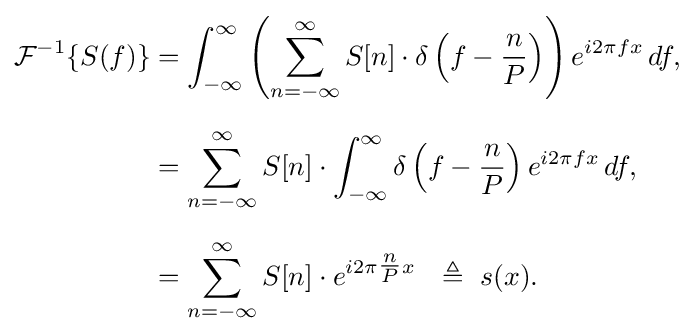
{\begin{aligned}{\mathcal {F}}^{-1}\{S(f)\}&=\int _{-\infty }^{\infty }\left(\sum _{n=-\infty }^{\infty }S[n]\cdot \delta \left(f-{\frac {n}{P}}\right)\right)e^{i2\pi fx}\,df,\\[6pt]&=\sum _{n=-\infty }^{\infty }S[n]\cdot \int _{-\infty }^{\infty }\delta \left(f-{\frac {n}{P}}\right)e^{i2\pi fx}\,df,\\[6pt]&=\sum _{n=-\infty }^{\infty }S[n]\cdot e^{i2\pi {\tfrac {n}{P}}x}\ \ \triangleq \ s(x).\end{aligned}}